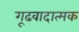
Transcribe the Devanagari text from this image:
गूढवादात्मक